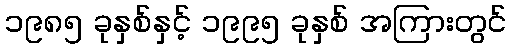
၁၉၈၅ ခုနှစ်နှင့် ၁၉၉၅ ခုနှစ် အကြားတွင်